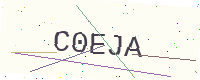
Text: C0EJA